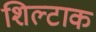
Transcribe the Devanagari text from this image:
शिल्टाक